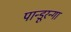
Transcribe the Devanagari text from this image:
पान्डूरन्गा